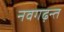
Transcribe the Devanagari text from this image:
नवगढ़न्त